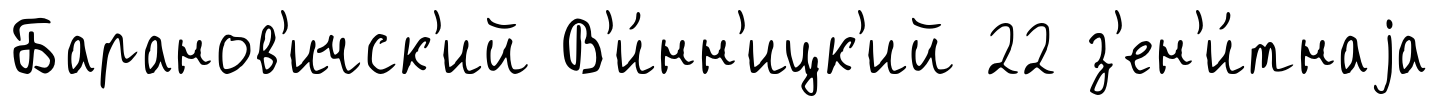
Баранов'ичск'ий В'и́нн'ицк'ий 22 з'ен'и́тнаjа